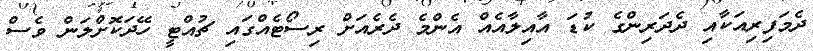
ދެމަފިރިއަކާއި ދެދަރިންގެ ކުޑަ އާއިލާއެއް އެންމެ ދެރެއަށް ރިސޯޓެއްގައި ޗުއްޓީ ހޭދަކޮށްލަން ވެސް